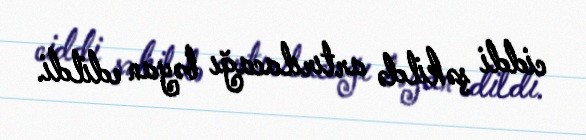
ciddi şəkildə artırılacağı bəyan edildi.